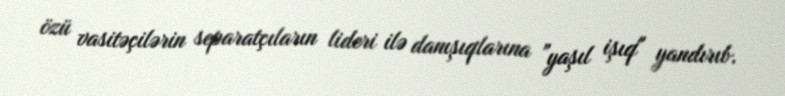
özü vasitəçilərin separatçıların lideri ilə danışıqlarına ”yaşıl işıq" yandırıb.